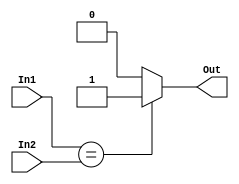
module Equality (
    input       [31:0]  In1,In2,
    output  reg         Out
);
always @(*)
begin
    Out = (In1==In2)?1:0;
end

endmodule